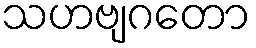
သဟဗျဂတော